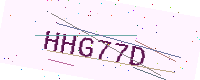
Text: HHG77D